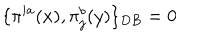
\{ \pi ^ { i a } ( x ) , \pi _ { j } ^ { b } ( y ) \} _ { D B } = 0 \nonumber